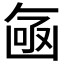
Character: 𠚗